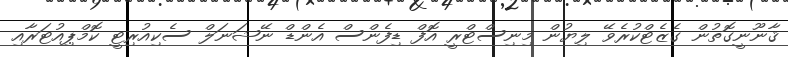
ޤާނޫނީގޮތުން ގެޒެޓްކުރެވޭ ލިޔުން މިނިސްޓްރީ އޮފް ޑިފެންސް އެންޑް ނޭޝަނަލް ސެކިއުރިޓީ ކޮމްޕިއުޓަރާއި